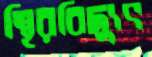
স্থিরবিদ্যুৎ